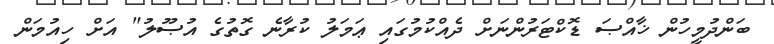
ބަންދުމީހުން ޚާއްޞަ ޑޮކްޓަރުންނަށް ދެއްކުމުގައި ޢަމަލު ކުރާނެ ގޮތުގެ އުޞޫލު" އަށް ހިއުމަން